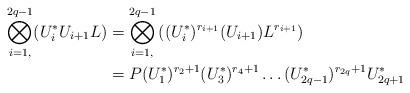
LaTeX: \begin{align*}\bigotimes_{i=1, }^{2q-1}(U_i^*U_{i+1}L) &= \bigotimes_{i=1, }^{2q-1}\left((U_i^*)^{r_{i+1}}(U_{i+1})L^{r_{i+1}}\right)\\&=P(U^*_1)^{r_2+1}(U_3^*)^{r_4+1}\ldots (U_{2q-1}^*)^{r_{2q}+1}U_{2q+1}^*\end{align*}